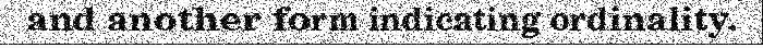
and another form indicating ordinality.